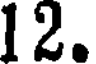
12.